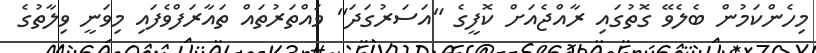
މިހެންކަމުން ބެލެވޭ ގޮތުގައި ރާއްޖެއަށް ކޮފީގެ "އަސަރުގަދަ" ވައްތަރުތައް ތައާރަފްވެފައި މިވަނީ ވިލާތުގެ